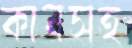
কানসহ